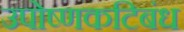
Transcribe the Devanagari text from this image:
उपोष्णकटिबंध